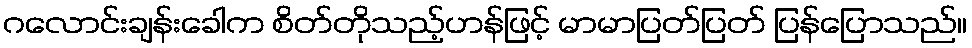
ဂလောင်းချန်းခေါက စိတ်တိုသည့်ဟန်ဖြင့် မာမာပြတ်ပြတ် ပြန်ပြောသည်။